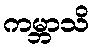
ကမ္ဘာသိ